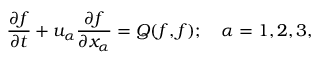
\frac { \partial f } { \partial t } + u _ { \alpha } \frac { \partial f } { \partial x _ { \alpha } } = Q ( f , f ) ; \quad \alpha = 1 , 2 , 3 ,